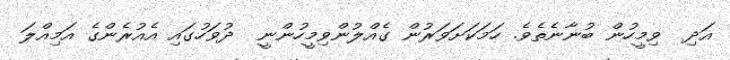
އަދި  ވިމީހުން ބުނާނެތެވެ. ހަމަކަށަވަރުން ގެއްލުންވިމީހުންނީ  ދުވަހުގައި އެއުރެންގެ އަމިއްލަ